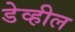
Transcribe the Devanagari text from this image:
डेव्हील